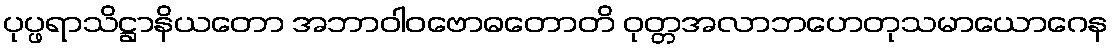
ပုပ္ဖရာသိဋ္ဌာနိယတော အဘာဝါဝဗောဓတောတိ ဝုတ္တအလာဘဟေတုသမာယောဂေန